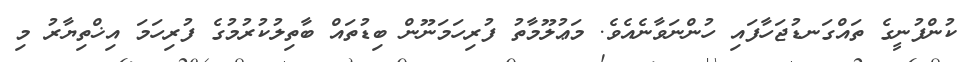
ކުންފުނީގެ ތައްގަނޑުޖަހާފައި ހުންނަވާނެއެވެ. މަޢުލޫމާތު ފުރިހަމަނޫން ބިޑުތައް ބާތިލުކުރުމުގެ ފުރިހަމަ އިޚްތިޔާރު މި